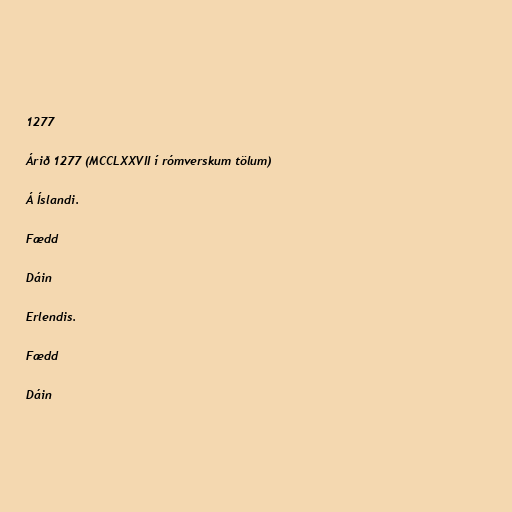
1277

Árið 1277 (MCCLXXVII í rómverskum tölum)

Á Íslandi.

Fædd

Dáin

Erlendis.

Fædd

Dáin